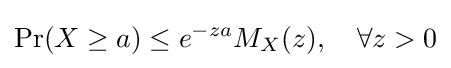
\Pr(X\geq a)\leq e^{-za}M_{X}(z),\quad \forall z>0